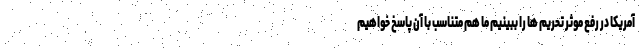
آمریکا در رفع موثر تحریم ها را ببینیم ما هم متناسب با آن پاسخ خواهیم